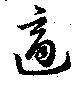
適